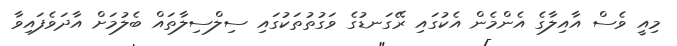
މިއީ ވެސް އާއިލާގެ އެންމެން އެކުގައި ރޭގަނޑުގެ ވަގުތުތަކުގައި ސިލްސިލާތައް ބެލުމަށް އާދަވެފައިވާ